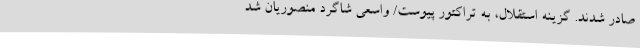
صادر شدند. گزینه استقلال، به تراکتور پیوست/ واسعی شاگرد منصوریان شد